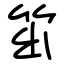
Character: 笜